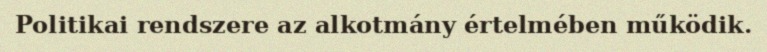
Politikai rendszere az alkotmány értelmében működik.